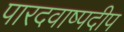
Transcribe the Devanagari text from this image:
पारदवाष्पदीप